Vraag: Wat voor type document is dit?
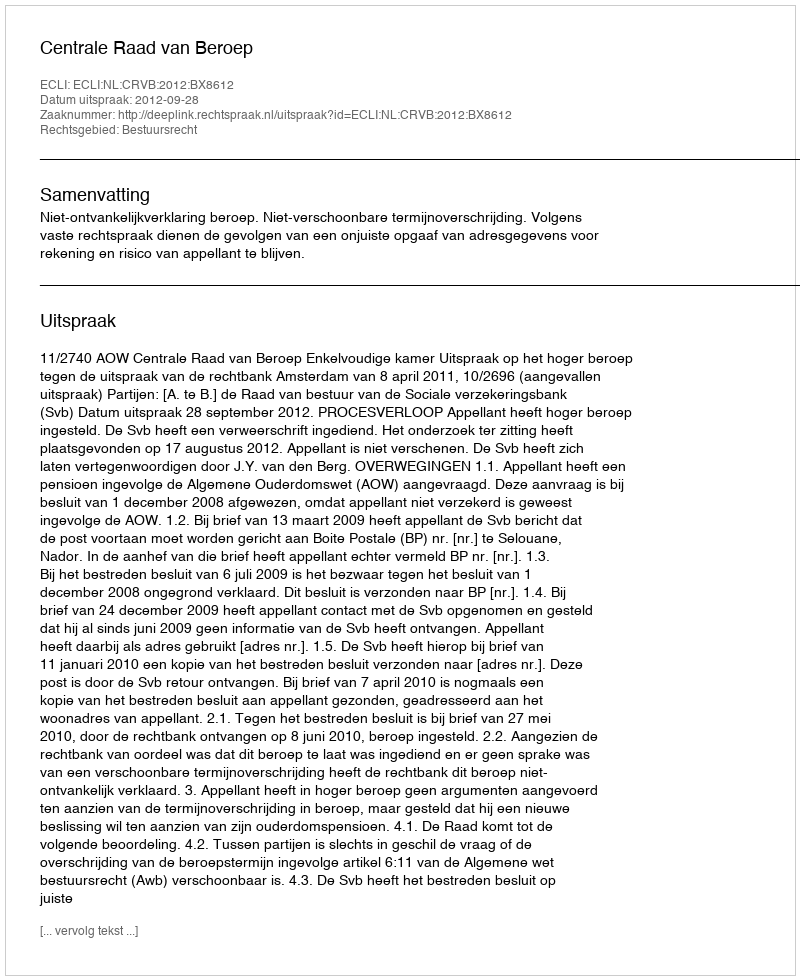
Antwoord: Uitspraak